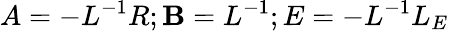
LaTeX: A=-L^{-1}R;\mathbf{B}=L^{-1};E=-L^{-1}L_{E}